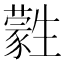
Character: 𤯾